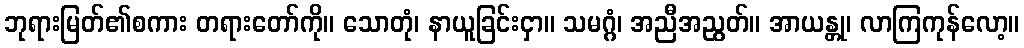
ဘုရားမြတ်၏စကား တရားတော်ကို။ သောတုံ၊ နာယူခြင်းငှာ။ သမဂ္ဂံ၊ အညီအညွတ်။ အာယန္တု၊ လာကြကုန်လော့။